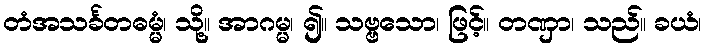
တံအသင်္ခတဓမ္မံ၊ သို့။ အာဂမ္မ၊ ၍။ သဗ္ဗသော၊ ဖြင့်။ တဏှာ၊ သည်။ ခယံ၊